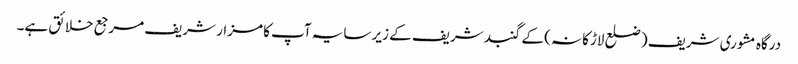
درگاہ مشوری شریف ( ضلع لاڑکانہ ) کے گنبد شریف کے زیر سایہ آپ کا مزار شریف مرجع خلائق ہے۔